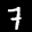
Label: 7